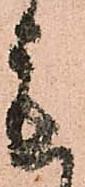
も